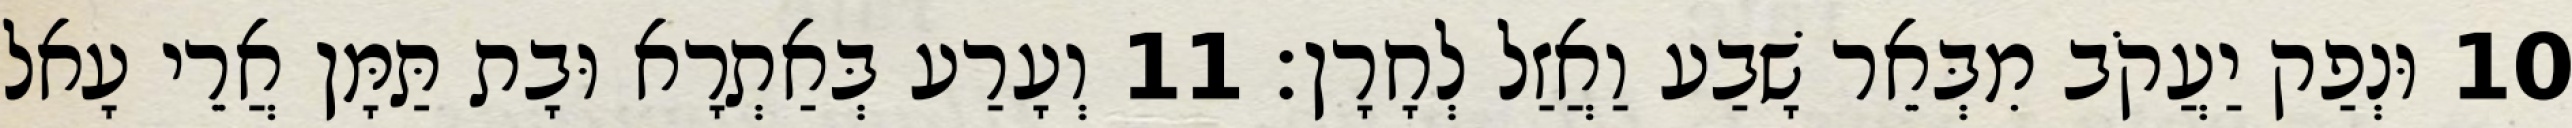
10 וּנְפַק יַעֲקֹב מִבְּאֵר שָׁבַע וַאֲזַל לְחָרָן׃ 11 וְעָרַע בְּאַתְרָא וּבָת תַּמָּן אֲרֵי עָאל